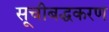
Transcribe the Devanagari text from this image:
सूचीबद्धकरण